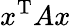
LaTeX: x^{\mathrm{T}}Ax